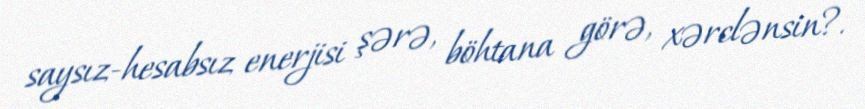
saysız-hesabsız enerjisi şərə, böhtana görə, xərclənsin?.